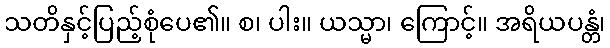
သတိနှင့်ပြည့်စုံပေ၏။ စ၊ ပါး။ ယသ္မာ၊ ကြောင့်။ အရိယပန္တံ၊